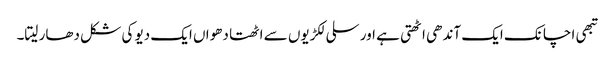
تبھی اچانک ایک آندھی اٹھتی ہے اور سلی لکڑیوں سے اٹھتا دھواں ایک دیو کی شکل دھار لیتا۔